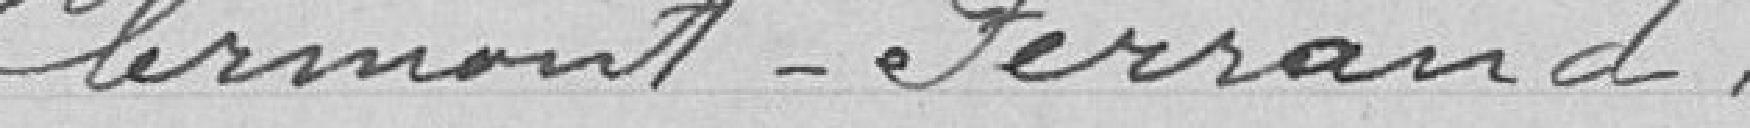
Clermont-Ferrand